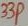
Text: 33p